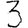
Digit: 3